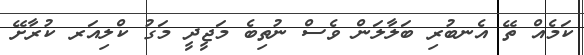
ކަމެއް ތޭ އެނބުރި ބަލާލަން ވެސް ނުތިބެ މަޖީދީ މަގު ކްލިއަރ ކުރާށޭ